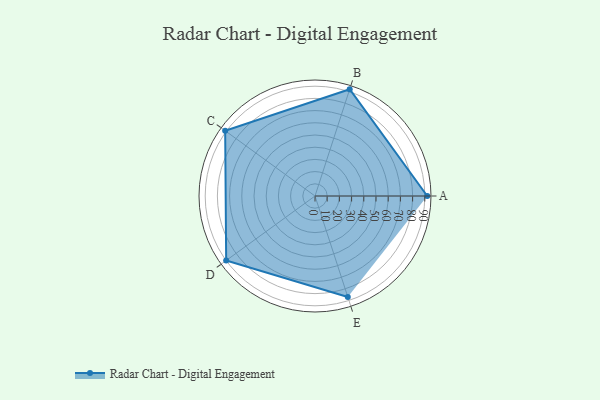
{"axis": {"x": "Skill", "y": "Score"}, "legend": ["Profile"], "data": [{"x": "A", "y": 92.0, "type": "Profile"}, {"x": "B", "y": 92.0, "type": "Profile"}, {"x": "C", "y": 91.0, "type": "Profile"}, {"x": "D", "y": 90.0, "type": "Profile"}, {"x": "E", "y": 87.0, "type": "Profile"}]}